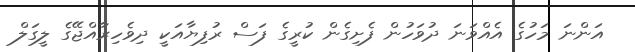
އަންނަ މަހުގެ އެއްވަނަ ދުވަހުން ފެށިގެން ކުރީގެ ފަސް ރުފިޔާއަކީ ދިވެހިރާއްޖޭގެ ލީގަލް